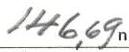
146,69